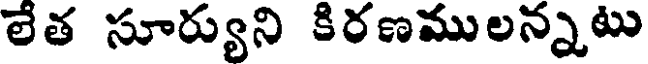
లేత సూర్యుని కిరణములన్నటు